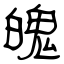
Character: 魄